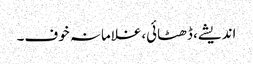
اندیشے، ڈھٹائی،غلامانہ خوف۔